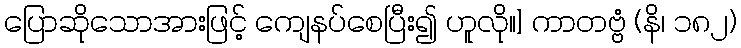
ပြောဆိုသောအားဖြင့် ကျေနပ်စေပြီး၍ ဟူလို။] ကာတဗ္ဗံ (နိ၊ ၁၈၂)